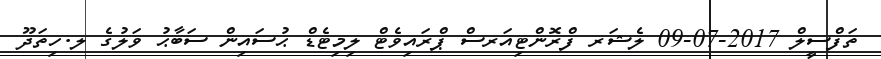
ތަފްސީލް 2017-07-09 ލެޝަރ ފްރޮންޓިއަރސް ޕްރައިވެޓް ލިމިޓެޑް ޙުސައިން ސަބާޙު ވަލުގެ ލ.ހިތަދޫ